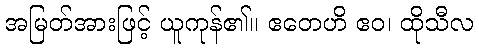
အမြတ်အားဖြင့် ယူကုန်၏။ ဧတေဟိ ဧဝ၊ ထိုသီလ